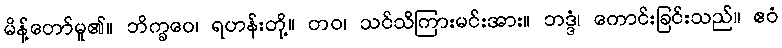
မိန့်တော်မူ၏။ ဘိက္ခဝေ၊ ရဟန်းတို့။ တဝ၊ သင်သိကြားမင်းအား။ ဘဒ္ဒံ၊ ကောင်းခြင်းသည်။ ဧဝံ